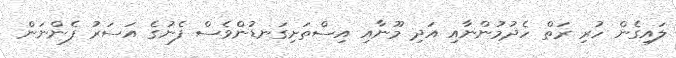
ލައިގެން ހުރި ރަތް ހެދުމުންނާއި އަދި މޫނާއި އިސްތަށިގަނޑުންވެސް ފެނުގެ އަސަރު ފެންނަން